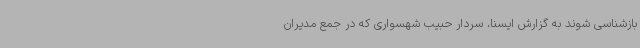
بازشناسی شوند به گزارش ایسنا، سردار حبیب شهسواری که در جمع مدیران